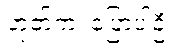
ဟုတ်ကဲ့၊ ပြောပါဦး။